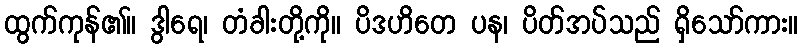
ထွက်ကုန်၏။ ဒွါရေ၊ တံခါးတို့ကို။ ပိဒဟိတေ ပန၊ ပိတ်အပ်သည် ရှိသော်ကား။